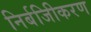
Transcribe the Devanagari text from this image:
निर्बजिीकरण